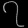
Digit: ၇